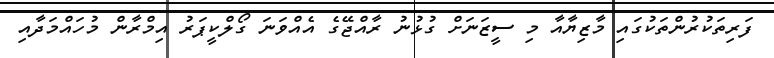
ފަރިތަކުރުންތަކުގައި މާޒިޔާއާ މި ސީޒަނަށް ގުޅުނު ރާއްޖޭގެ އެއްވަނަ ގޯލްކީޕަރު އިމްރާން މުހައްމަދާއި